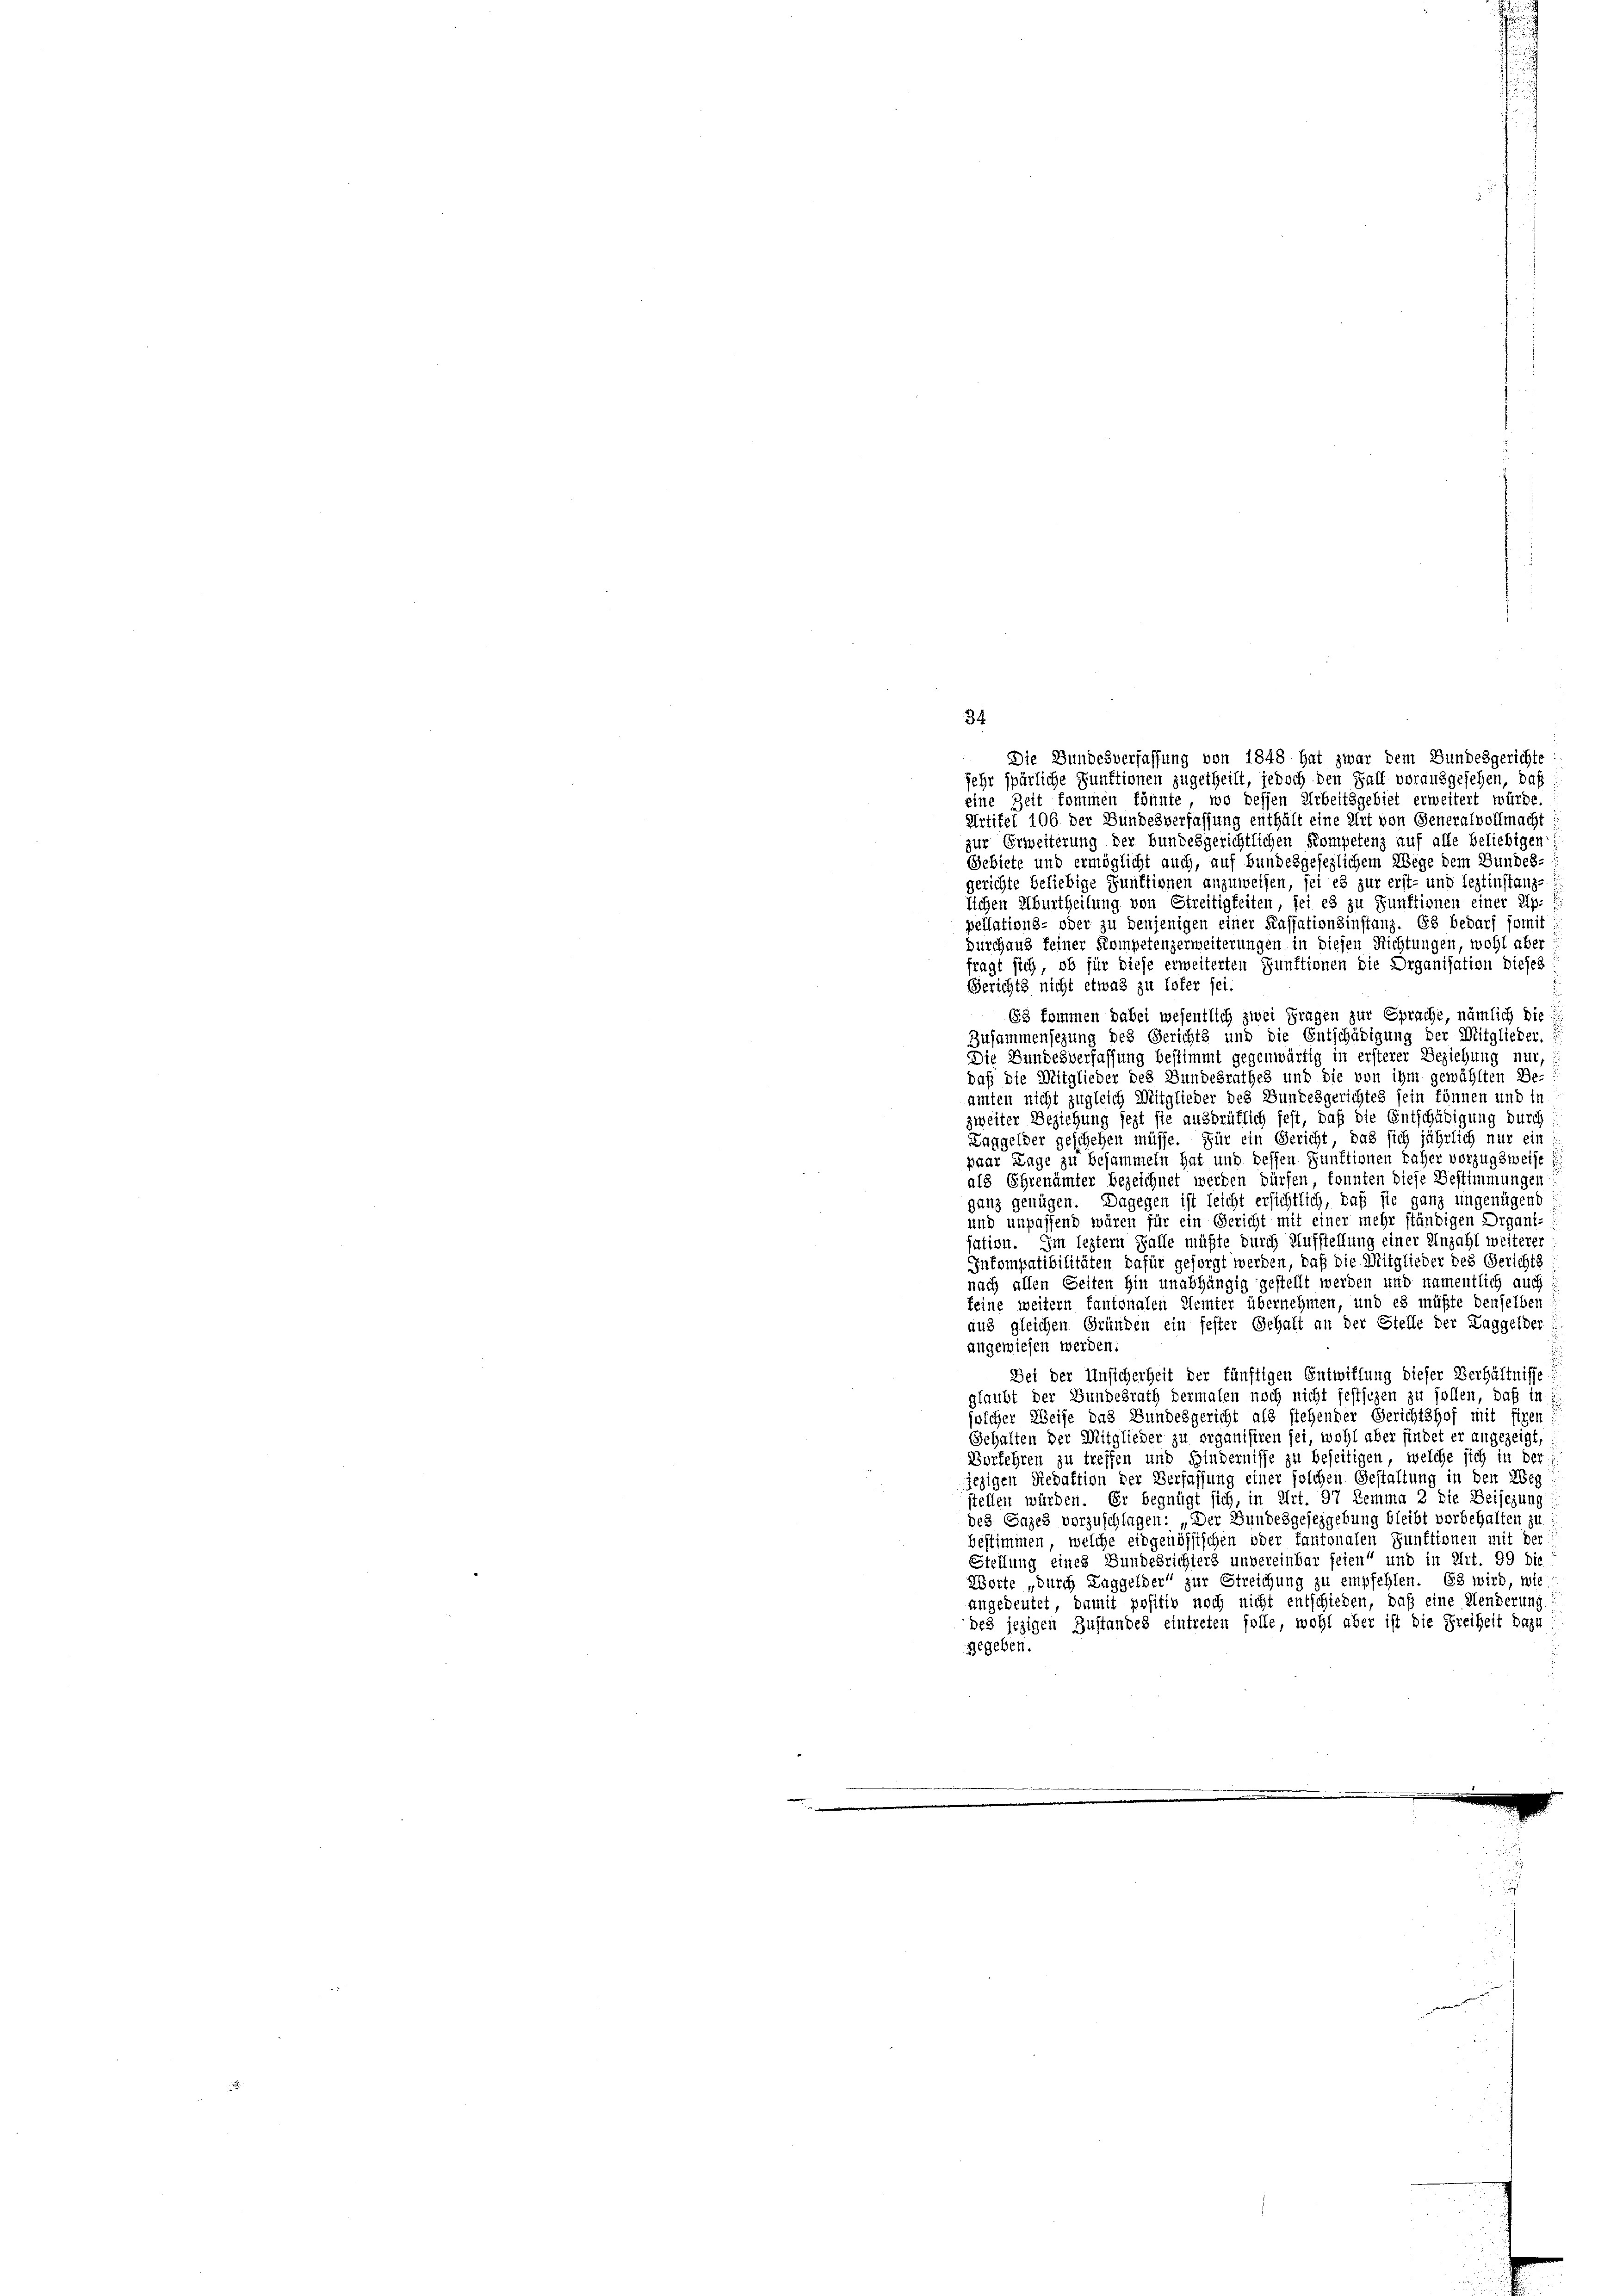
34

Die Bundesverfassung von 1848 hat zwar dem Bundesgerichte:
jehr spärliche Funktionen zugetheilt, jedoch den Fall vorausgesehen, daß
eine Zeit kommen könnte, wo dessen Arbeitsgebiet erweitert würde.
Artikel 106 der Bundesverfassung enthält eine Art von Generalvollmacht:
zur Erweiterung der bundesgerichtlichen Kompetenz auf alle beliebigen
Gebiete und ermöglicht auch, auf bundesgesezlichem Wege dem Bundes-
gerichte beliebige Funktionen anzuweisen, sei es zur erst- und leztinstanze
lichen Aburtheilung von Streitigkeiten, sei es zu Funktionen einer Ap-
pellations- oder zu denjenigen einer Kassationsinstanz. Es bedarf somit
durchaus feiner Kompetenzerweiterungen in diesen Richtungen, wohl aber
fragt sich, ob für diese erweiterten Funktionen die Organisation dieses
Gerichts nicht etwas zu toter sei.
Es kommen dabei wesentlich zwei Fragen zur Sprache, nämlich die
Zusammensezung des Gerichts und die Entschädigung der Mitglieder.
Die Bundesverfassung bestimmt gegenwärtig in ersterer Beziehung nur,
daß die Mitglieder des Bundesrathes und die von ihm gewählten Be-
amten nicht zugleich Mitglieder des Bundesgerichtes sein können und in
zweiter Beziehung jezt sie ausbrüflich fest, daß die Entschädigung durch
Laggelder geschehen müsse. Für ein Gericht, das sich jährlich nur ein
paar Lage zu besammeln hat und dessen Funktionen daher vorzugsweise
als Ehrenämter bezeichnet werden dürfen konnten diese Bestimmungen
ganz genügen. Dagegen ist leicht ersichtlich, daß sie ganz ungenügend
und unpassend wären für ein Gericht mit einer mehr ständigen Organt-
sation. Im leztem Falle müßte durch Aufstellung einer Anzahl weiterer
Intompatibilitäten dafür gesorgt werden, daß die Mitglieder des Gerichts
nach allen Seiten hin unabhängig gestellt werden und namentlich auch
keine weitern Kantonalen Elemter übernehmen, und es müßte denselben
aus gleichen Gründen ein fester Gehalt an der Stelle der Taggelder
angewiesen werden:
Bei der Unsicherheit der fünftigen Entwillung dieser Verhältnisse
glaubt der Bundesrath dermalen noch nicht festsezen zu sollen, daß in
olcher Weise das Bundesgericht als stehender Gerichtshof mit figen
Gehalten der Mitglieder zu organistren sei, wohl aber findet er angezeigt,
Vorkehren zu treffen und Hindernisse zu beseitigen, welche sich in der
jezigen Redaktion der Verfassung einer solchen Gestaltung in den Weg
stellen würden. Er begnügt sich, in Art. 97 Zemma 2 die Beisezung
des Gazes vorzuschlagen: „Der Bundesgesezgebung bleibt vorbehalten zu
bestimmen, welche eidgenössischen oder fantonalen Funktionen mit der
Stellung eines Bundesrichters unvereinbar feien“ und in Art. 99 die
Worte „durch Laggelder“ zur Streichung zu empfehlen. Es wird, wie
angedeutet, damit positiv noch nicht entschieden, daß eine Aenderung
des jezigen Zustandes eintreten solle, wohl aber ist die Freiheit dazu
gegeben.